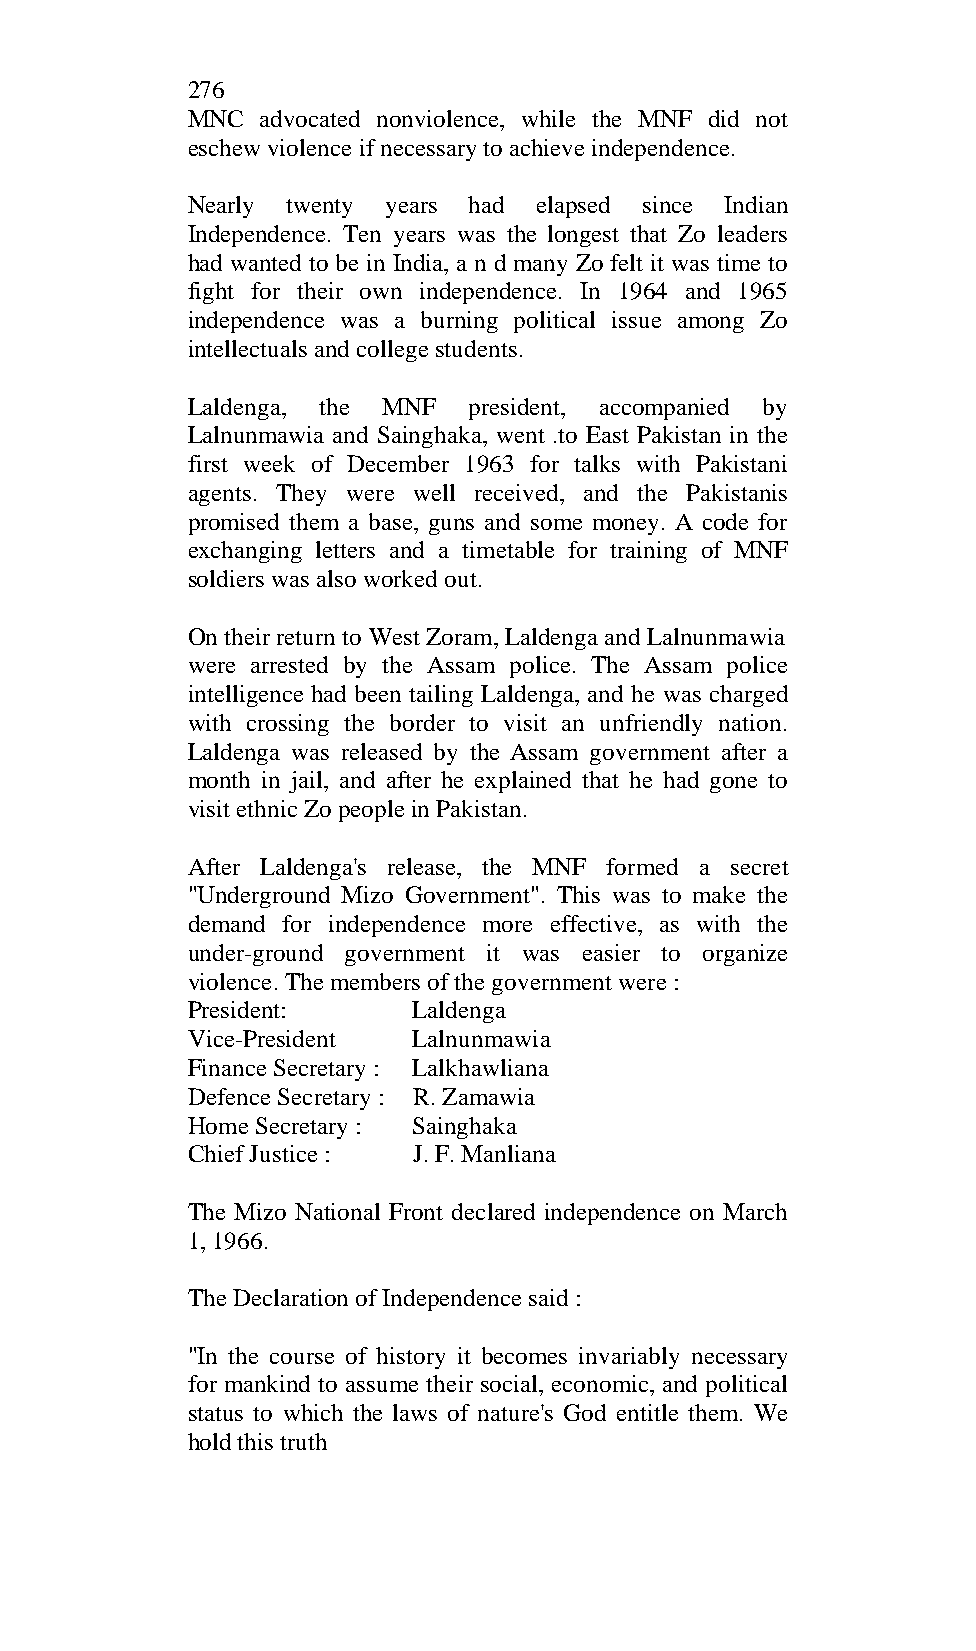
276
 MNC  advocated nonviolence, while the MNF did not
 eschew violence if necessary to achieve independence.
 Nearly twenty years had elapsed since Indian
 Independence. Ten years was the longest that Zo leaders
 had wanted to be in India, a n d many Zo felt it was time to
 fight for their own independence. In 1964 and 1965
 independence was a burning political issue among Zo
 intellectuals and college students.
 Laldenga, the MNF  president, accompanied by
 Lalnunmawia and Sainghaka, went .to East Pakistan in the
 first week of December 1963 for talks with Pakistani
 agents. They were well received, and the Pakistanis
 promised them a base, guns and some money. A code for
 exchanging letters and a timetable for training of MNF
 soldiers was also worked out.
 On their return to West Zoram, Laldenga and Lalnunmawia
 were arrested by the Assam police. The Assam police
 intelligence had been tailing Laldenga, and he was charged
 with crossing the border to visit an unfriendly nation.
 Laldenga was released by the Assam government after a
 month in jail, and after he explained that he had gone to
 visit ethnic Zo people in Pakistan.
 After Laldenga's release, the MNF formed a secret
 "Underground Mizo Government". This was to make the
 demand for independence more effective, as with the
 under-ground government it was easier to organize
 violence. The members of the government were :
 President:     Laldenga
 Vice-President Lalnunmawia
 Finance Secretary : Lalkhawliana
 Defence Secretary : R. Zamawia
 Home Secretary : Sainghaka
 Chief Justice : J. F. Manliana
 The Mizo National Front declared independence on March
 1, 1966.
 The Declaration of Independence said :
 "In the course of history it becomes invariably necessary
 for mankind to assume their social, economic, and political
 status to which the laws of nature's God entitle them. We
 hold this truth